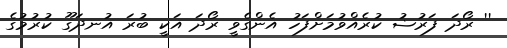
'' ރޯދަ ފަރުޟު ކުރެއްވުމަށްފަހު އެންގެވީ ރޯދަ އަކީ ބުރަ އުނދަގޫ ކުރުމުގެ